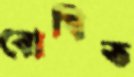
বোধিত